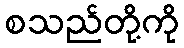
စသည်တို့ကို